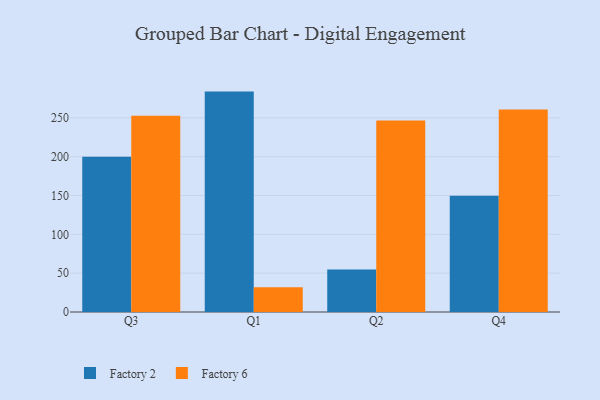
{"axis": {"x": "Quarter", "y": "Bounce Rate (%)"}, "legend": ["Factory 2", "Factory 6"], "data": [{"x": "Q3", "y": 200.0, "type": "Factory 2"}, {"x": "Q3", "y": 252.8, "type": "Factory 6"}, {"x": "Q1", "y": 283.8, "type": "Factory 2"}, {"x": "Q1", "y": 32.0, "type": "Factory 6"}, {"x": "Q2", "y": 54.6, "type": "Factory 2"}, {"x": "Q2", "y": 246.7, "type": "Factory 6"}, {"x": "Q4", "y": 149.6, "type": "Factory 2"}, {"x": "Q4", "y": 260.6, "type": "Factory 6"}]}